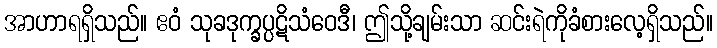
အာဟာရရှိသည်။ ဧဝံ သုခဒုက္ခပ္ပဋိသံဝေဒီ၊ ဤသို့ချမ်းသာ ဆင်းရဲကိုခံစားလေ့ရှိသည်။